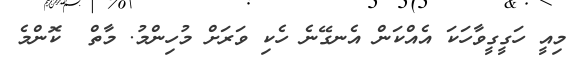
މިއީ ހަގީގީވާހަކަ އެއްކަން އެނގޭނެ ހެކި ވަރަށް މުހިންމު. މާތް  ކޮންމެ